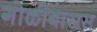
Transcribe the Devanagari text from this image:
गोळीबारास